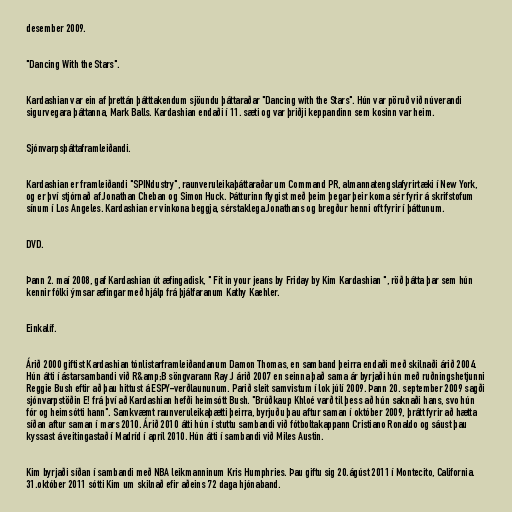
desember 2009.

"Dancing With the Stars".

Kardashian var ein af þrettán þátttakendum sjöundu þáttaraðar "Dancing with the Stars". Hún var pöruð við núverandi
sigurvegara þáttanna, Mark Balls. Kardashian endaði í 11. sæti og var þriðji keppandinn sem kosinn var heim.

Sjónvarpsþáttaframleiðandi.

Kardashian er framleiðandi "SPINdustry", raunveruleikaþáttaraðar um Command PR, almannatengslafyrirtæki í New York,
og er því stjórnað af Jonathan Cheban og Simon Huck. Þátturinn flygist með þeim þegar þeir koma sér fyrir á skrifstofum
sínum í Los Angeles. Kardashian er vinkona beggja, sérstaklega Jonathans og bregður henni oft fyrir í þáttunum.

DVD.

Þann 2. maí 2008, gaf Kardashian út æfingadisk, " Fit in your jeans by Friday by Kim Kardashian ", röð þátta þar sem hún
kennir fólki ýmsar æfingar með hjálp frá þjálfaranum Kathy Kaehler.

Einkalíf.

Árið 2000 giftist Kardashian tónlistarframleiðandanum Damon Thomas, en samband þeirra endaði með skilnaði árið 2004.
Hún átti í ástarsambandi við R&amp;B söngvarann Ray J árið 2007 en seinna það sama ár byrjaði hún með ruðningshetjunni
Reggie Bush eftir að þau hittust á ESPY-verðlaununum. Parið sleit samvistum í lok júlí 2009. Þann 20. september 2009 sagði
sjónvarpstöðin E! frá því að Kardashian hefði heimsótt Bush. "Brúðkaup Khloé varð til þess að hún saknaði hans, svo hún
fór og heimsótti hann". Samkvæmt raunveruleikaþætti þeirra, byrjuðu þau aftur saman í október 2009, þrátt fyrir að hætta
síðan aftur saman í mars 2010. Árið 2010 átti hún í stuttu sambandi við fótboltakappann Cristiano Ronaldo og sáust þau
kyssast á veitingastað í Madríd í apríl 2010. Hún átti í sambandi við Miles Austin.

Kim byrjaði síðan í sambandi með NBA leikmanninum Kris Humphries. Þau giftu sig 20.ágúst 2011 í Montecito, California.
31.október 2011 sótti Kim um skilnað efir aðeins 72 daga hjónaband.